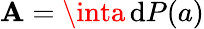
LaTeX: \mathbf{A}=\inta\, \mathrm{{d}}P(a)